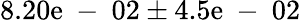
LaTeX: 8.20\mathrm{e}\mathrm{{~-~}}02\pm4.5\mathrm{e}\mathrm{{~-~}}02